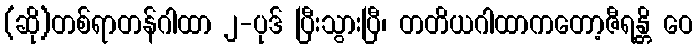
(ဆို)တစ်ရာတန်ဂါထာ ၂-ပုဒ် ပြီးသွားပြီ၊ တတိယဂါထာကတော့ဇီရန္တိ ဝေ